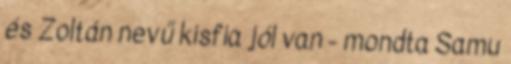
és Zoltán nevű kisfia jól van - mondta Samu